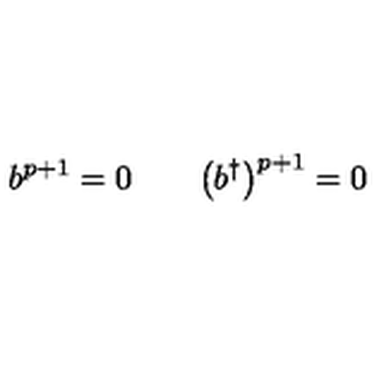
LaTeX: b ^ { p + 1 } = 0 \qquad \bigl ( b ^ { \dagger } \bigr ) ^ { p + 1 } = 0